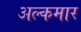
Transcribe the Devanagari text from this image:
अल्कमार